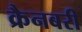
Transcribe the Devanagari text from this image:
क्रैनबरी